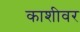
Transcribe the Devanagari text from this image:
काशीवर